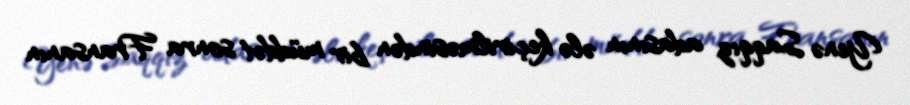
Yenə Saqqız adasının ələ keçirilməsindən bir müddət sonra Fransanın